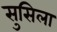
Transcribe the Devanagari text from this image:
सुसिला